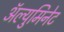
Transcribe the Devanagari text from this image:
ॲल्युमिनेट